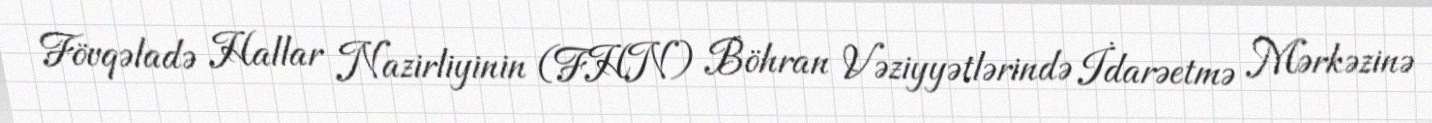
Fövqəladə Hallar Nazirliyinin (FHN) Böhran Vəziyyətlərində İdarəetmə Mərkəzinə